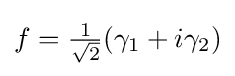
f={\tfrac {1}{\sqrt {2}}}(\gamma _{1}+i\gamma _{2})